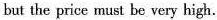
but the price must be very high.